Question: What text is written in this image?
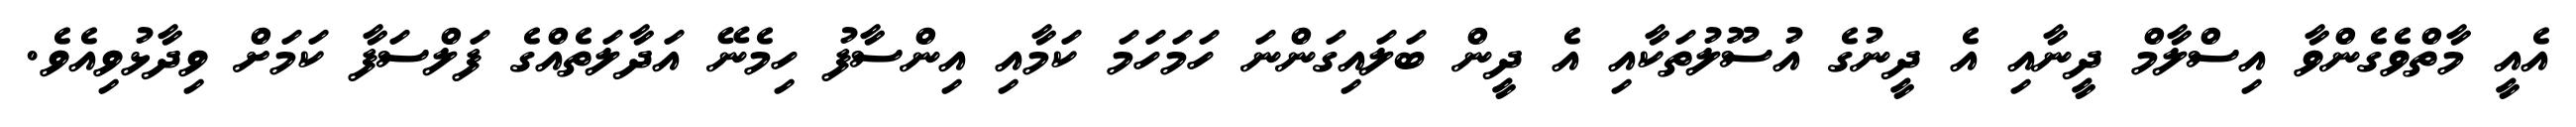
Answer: އެއީ މާތްވެގެންވާ އިސްލާމް ދީނާއި އެ ދީނުގެ އުސޫލުތަކާއި އެ ދީން ބަލައިގަންނަ ހަމަހަމަ ކަމާއި އިންސާފު ހިމެނޭ އަދާލަތެއްގެ ފަލްސަފާ ކަމަށް ވިދާޅުވިއެވެ.